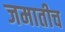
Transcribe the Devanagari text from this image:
जमातीच